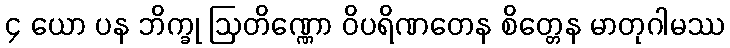
၄ ယော ပန ဘိက္ခု ဩတိဏ္ဏော ဝိပရိဏတေန စိတ္တေန မာတုဂါမဿ